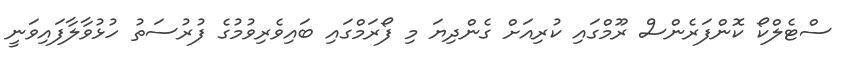
ސްޓެލްކޯ ކޮންފަރެންސް ރޫމްގައި ކުރިއަށް ގެންދިޔަ މި ފޯރަމްގައި ބައިވެރިވުމުގެ ފުރުސަތު ހުޅުވާލާފައިވަނީ